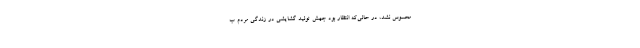
محسوس نشد، در حالی‌که انتظار بود جهش تولید گشایشی در زندگی مردم ب